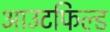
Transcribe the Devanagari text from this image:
आउटफिल्ड